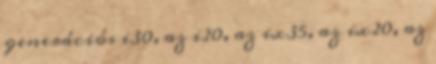
generációs i30, az i20, az ix35, az ix20, az